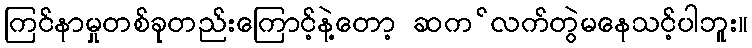
ကြင်နာမှုတစ်ခုတည်းကြောင့်နဲ့တော့ ဆက ်လက်တွဲမနေသင့်ပါဘူး။